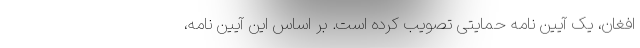
افغان، یک آیین نامه حمایتی تصویب کرده است. بر اساس این آیین نامه،